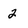
Character: 2